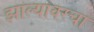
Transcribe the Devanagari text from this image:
झाल्यावरचा